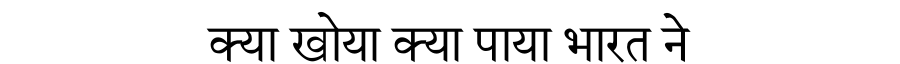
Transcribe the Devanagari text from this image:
क्या खोया क्या पाया भारत ने